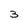
Character: 3